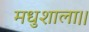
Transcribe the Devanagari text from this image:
मधुशाला।।